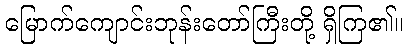
မြောက်ကျောင်းဘုန်းတော်ကြီးတို့ ရှိကြ၏။